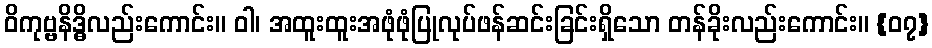
ဝိကုဗ္ဗနိဒ္ဓိလည်းကောင်း။ ဝါ၊ အထူးထူးအဖုံဖုံပြုလုပ်ဖန်ဆင်းခြင်းရှိသော တန်ခိုးလည်းကောင်း။ {၀၇}